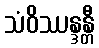
သံဝိဿန္ဒန္တီ